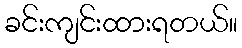
ခင်းကျင်းထားရတယ်။